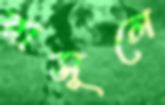
রাসূলে